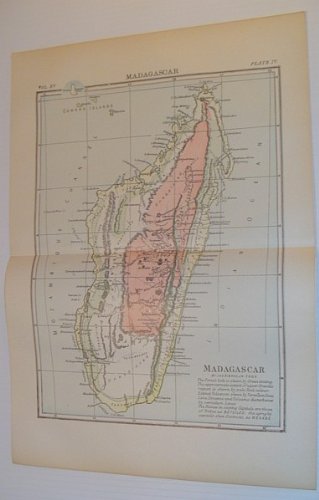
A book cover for Colour Map of Madagascar - Unexplored Territories Indicated: Circa 1902; Jas. Jr. F.R.G.S. Sibree; Travel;